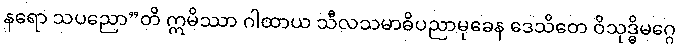
နရော သပညော”တိ ဣမိဿာ ဂါထာယ သီလသမာဓိပညာမုခေန ဒေသိတေ ဝိသုဒ္ဓိမဂ္ဂေ